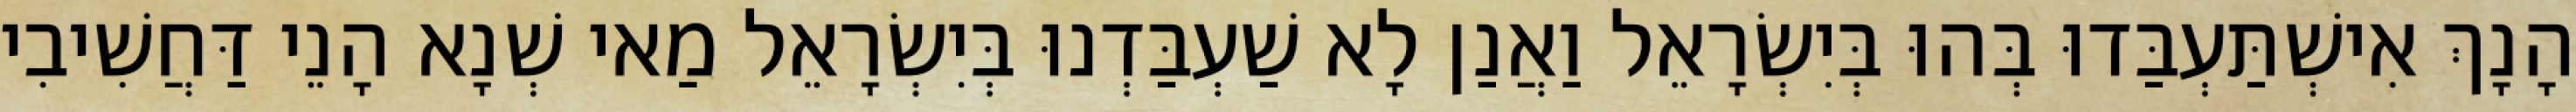
הָנָךְ אִישְׁתַּעְבַּדוּ בְּהוּ בְּיִשְׂרָאֵל וַאֲנַן לָא שַׁעְבַּדְנוּ בְּיִשְׂרָאֵל מַאי שְׁנָא הָנֵי דַּחֲשִׁיבִי